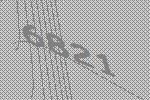
6821